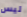
ليس